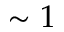
\sim 1